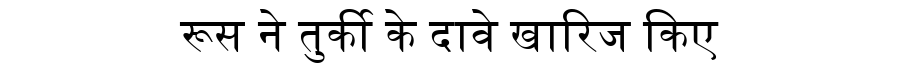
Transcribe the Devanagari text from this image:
रूस ने तुर्की के दावे खारिज किए